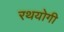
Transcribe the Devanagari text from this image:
रथयोगी